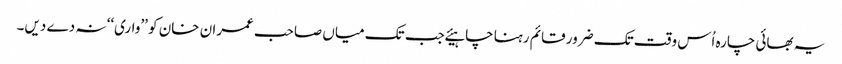
یہ بھائی چارہ اُس وقت تک ضرور قائم رہنا چاہیئے جب تک میاں صاحب عمران خان کو ’’واری‘‘ نہ دے دیں۔